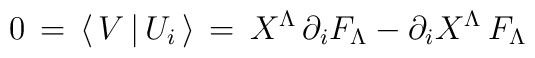
0 \, =\,  \langle\,  V \, \vert \, U_i \, \rangle\, =\, X^\Lambda \, \partial_{i} F_\Lambda - \partial_{i} X^\Lambda \,F_\Lambda